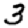
Digit: 3